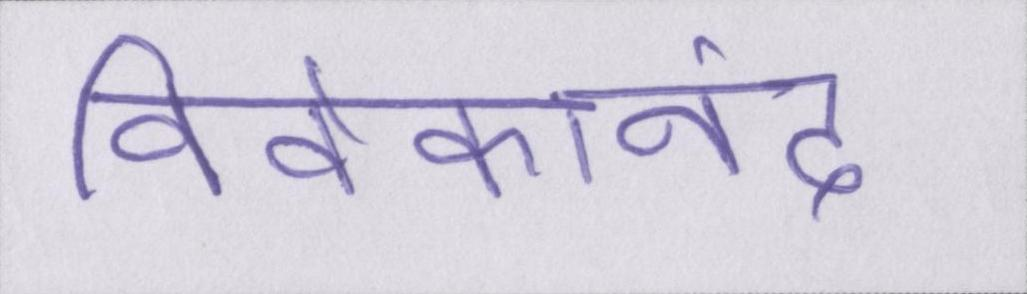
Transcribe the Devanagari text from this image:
विवेकानंद